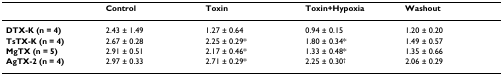
<table><thead><tr><td></td><td><b>Control</b></td><td><b>Toxin</b></td><td><b>Toxin+Hypoxia</b></td><td><b>Washout</b></td></tr></thead><tbody><tr><td><b>DTX-K (n = 4)</b></td><td>2.43 ± 1.49</td><td>1.27 ± 0.64</td><td>0.94 ± 0.15</td><td>1.20 ± 0.20</td></tr><tr><td><b>TsTX-K (n = 4)</b></td><td>2.67 ± 0.28</td><td>2.25 ± 0.29*</td><td>1.80 ± 0.34*</td><td>1.49 ± 0.57</td></tr><tr><td><b>MgTX (n = 5)</b></td><td>2.91 ± 0.51</td><td>2.17 ± 0.46*</td><td>1.33 ± 0.48*</td><td>1.35 ± 0.66</td></tr><tr><td><b>AgTX-2 (n = 4)</b></td><td>2.97 ± 0.33</td><td>2.71 ± 0.29*</td><td>2.25 ± 0.30<sup>†</sup></td><td>2.06 ± 0.29</td></tr></tbody></table>